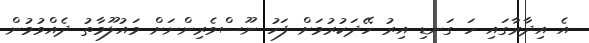
އެ އިދާރާގައި ހަ ގަނޑި އިރު ހޭދަކުރުމަށް ފަހު ނޫސްވެރިންނަށް މައުލޫމާތު ދެއްވުމުން